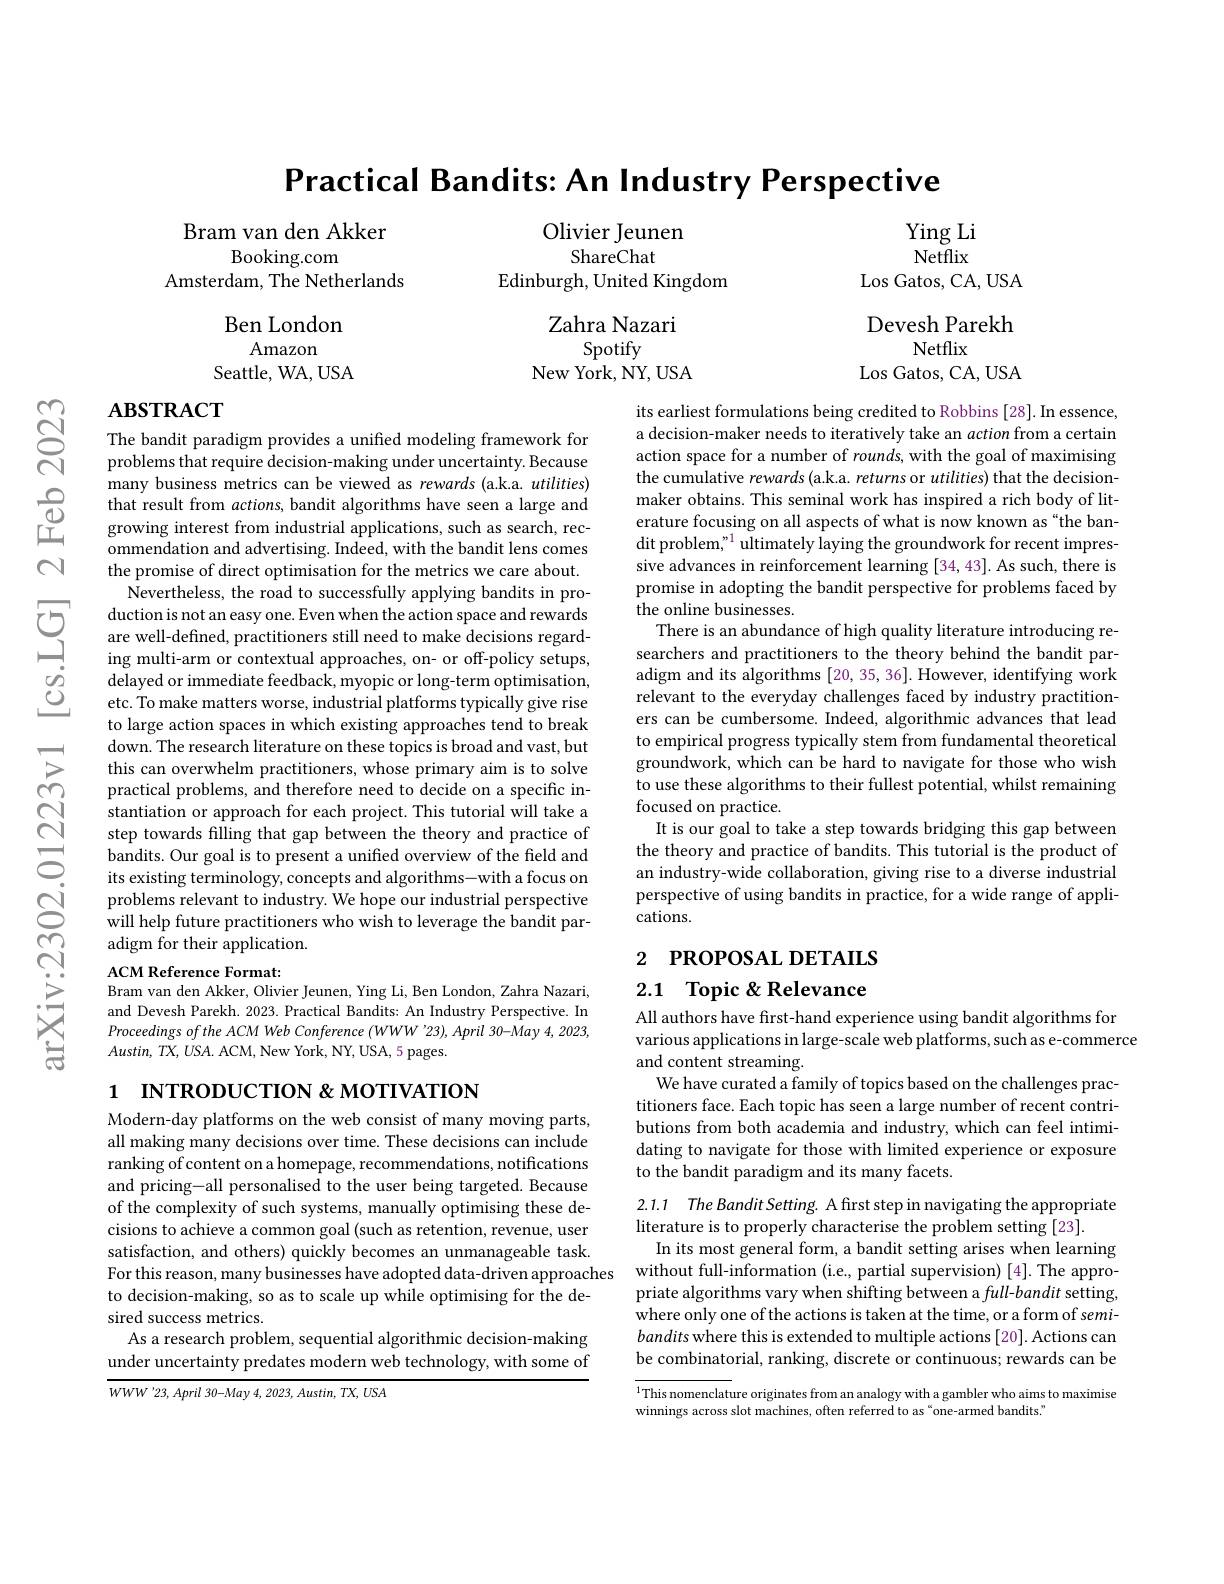
$ଟ୍ରି$

Practical Bandits: An Industry Perspective

Ying Li Netflix
Los Gatos, CA, USA

Bram van den Akker
$\operatorname{Booking.com}$
Amsterdam, The Netherlands

Olivier Jeunen
ShareChat
Edinburgh, United Kingdom

Devesh Parekh
Netflix

Ben London
Amazon
Seattle, WA, USA

Zahra Nazari
Spotify
New York, NY, USA

Los Gatos, CA, USA

$\mathbf{ABSTRACT}$

its earliest formulations being credited to Robbins [28]. In essence, a decision-maker needs to iteratively take an action from a certain action space for a number of rounds, with the goal of maximising the cumulative rewards (a.k.a. returns or utilities) that the decisionmaker obtains. This seminal work has inspired a rich body of literature focusing on all aspects of what is now known as“the bandit problem" ultimately laying the groundwork for recent impressive advances in reinforcement learning [34,43]. As such, there is promise in adopting the bandit perspective for problems faced by the online businesses.
There is an abundance of high quality literature introducing researchers and practitioners to the theory behind the bandit paradigm and its algorithms [20,35,36]. However, identifying work relevant to the everyday challenges faced by industry practitioners can be cumbersome. Indeed, algorithmic advances that lead to empirical progress typically stem from fundamental theoretical groundwork, which can be hard to navigate for those who wish to use these algorithms to their fullest potential, whilst remaining focused on practice.
It is our goal to take a step towards bridging this gap between the theory and practice of bandits. This tutorial is the product of an industry-wide collaboration, giving rise to a diverse industrial perspective of using bandits in practice, for a wide range of applications.

The bandit paradigm provides a unified modeling framework for problems that require decision-making under uncertainty. Because many business metrics can be viewed as rewards (a.k.a. utilities)
ommendation and advertising. Indeed, with the bandit lens comes the promise of direct optimisation for the metrics we care about. Nevertheless, the road to successfully applying bandits in pro-
duction is not an easy one. Even when the action space and rewards are well-defined, practitioners still need to make decisions regarding multi-arm or contextual approaches, on- or off-policy setups, delayed or immediate feedback, myopic or long-term optimisation, etc. To make matters worse, industrial platforms typically give rise to large action spaces in which existing approaches tend to break down. The research literature on these topics is broad and vast, but this can overwhelm practitioners, whose primary aim is to solve practical problems, and therefore need to decide on a specific instantiation or approach for each project. This tutorial will take a step towards filling that gap between the theory and practice of bandits. Our goal is to present a unified overview of the field and its existing terminology, concepts and algorithms-with a focus on problems relevant to industry. We hope our industrial perspective will help future practitioners who wish to leverage the bandit paradigm for their application.
ACM Reference Format:

2 РROPOSAL DETAILS

## 2.1 Topic &Relevance

Bram van den Akker, Olivier Jeunen, Ying Li, Ben London, Zahra Nazari, and Devesh Parekh. 2023. Practical Bandits: An Industry Perspective. In Proceedings of the ACM Web Conference (WWW '23), April 30-May 4, 2023, $Austin,TX,USA.$ ACM, New York, NY, USA, 5 pages.

1 INTRODUCTION&MOTIVATION

All authors have first-hand experience using bandit algorithms for
various applications in large-scale web platforms, such as e-commerce
and content streaming.
We have curated a family of topics based on the challenges practitioners face. Each topic has seen a large number of recent contributions from both academia and industry, which can feel intimidating to navigate for those with limited experience or exposure to the bandit paradigm and its many facets.

Modern-day platforms on the web consist of many moving parts, all making many decisions over time. These decisions can include ranking of content on a homepage, recommendations, notifications and pricing-all personalised to the user being targeted. Because of the complexity of such systems, manually optimising these decisions to achieve a common goal (such as retention, revenue, user satisfaction, and others) quickly becomes an unmanageable task. Forthis reason, many businesses have adopted data-driven approaches without full-information (i.e, partial supervision) [4]. The appro-
to decision-making, so as to scale up while optimising for the de-
sired success metrics.
As a research problem, sequential algorithmic decision-making under uncertainty predates modern web technology, with some of

2.1.1 The Bandit Setting. A first step in navigating the appropriate
literature is to properly characterise the problem setting [23].
In its most general form, a bandit setting arises when learning priate algorithms vary when shifting between a $full-bandit$ setting, where only one of the actions is taken at the time, or a form of semibandits where this is extended to multiple actions [20]. Actions can be combinatorial, ranking, discrete or continuous; rewards can be

$WWW^{\prime }23, April\textit{ 30- May 4,  2023,  Austin,  TX,  USA}$

$\overline{^1\text{This nomenclat}}$ure originates from an analogy with a gambler who aims to maximise
winnings across slot machines, often referred to as “one-armed bandits."